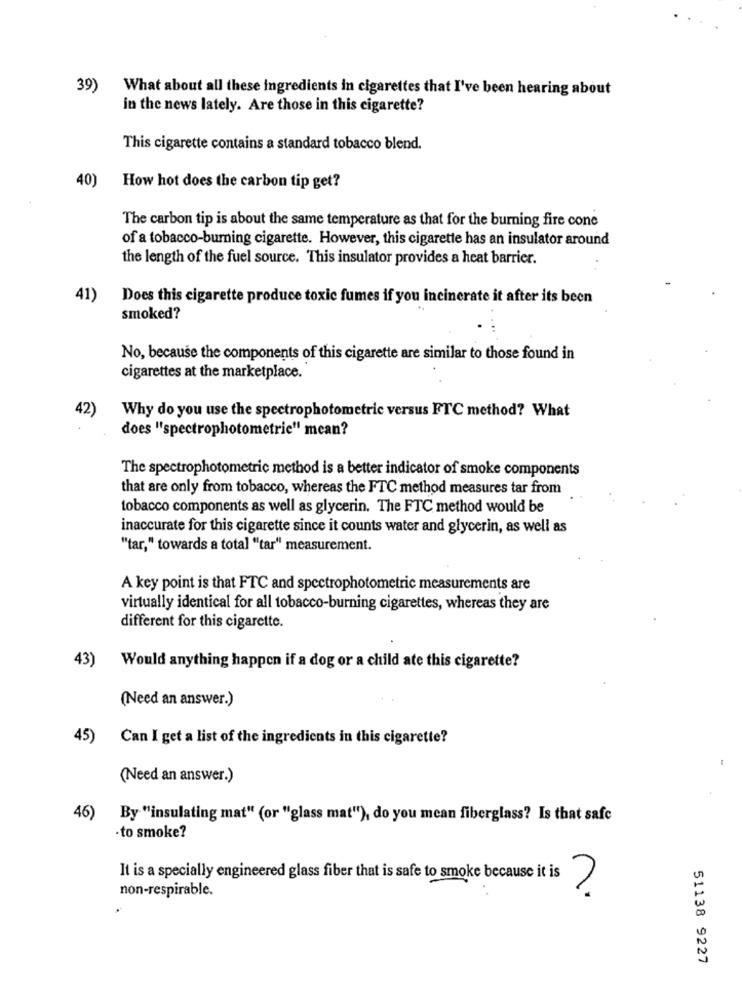
39) What about all these ingredients in cigarettes that I've been hearing about
in the news lately. Are those in this cigarette?
This cigarette contains a standard tobacco blend.
40)
How hot does the carbon tip get?
The carbon tip is about the same temperature as that for the burning fire cone
of a tobacco-burning cigarette. However, this cigarette has an insulator around
the length of the fuel source. This insulator provides a heat barrier.
41)
Does this cigarette produce toxic fumes if you incinerate it after its been
smoked?
No, because the components of this cigarette are similar to those found in
cigarettes at the marketplace.
42)
Why do you use the spectrophotometric versus FTC method? What
does "spectrophotometrie" mcan?
The spectrophotometric method is a better indicator of smoke components
that are only from tobacco, whereas the FTC method measures tar from
tobacco components as well as glycerin. The FTC method would be
inaccurate for this cigarette since it counts water and glycerin, as well as
"tar," towards a total "tar" measurement.
A key point is that FTC and spectrophotometric measurements are
virtually identical for all tobacco-burning cigarettes, whereas they are
different for this cigarette.
43)
Would anything happen if a dog or a child ate this cigarette?
(Need an answer.)
45) Can I get a list of the ingredients in this cigarette?
(Need an answer.)
46) By "insulating mat" (or "glass mat"), do you mean fiberglass? Is that safe
·to smoke?
It is a specially engineered glass fiber that is safe to smoke because it is
non-respirable.
51138 9227